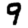
Digit: 9